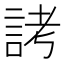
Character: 𬢦